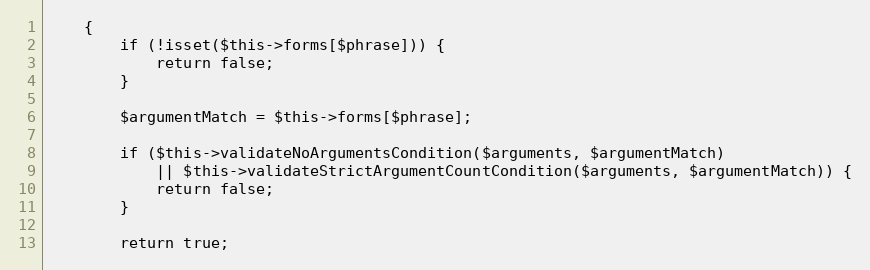
Language: PHP
    {
        if (!isset($this->forms[$phrase])) {
            return false;
        }

        $argumentMatch = $this->forms[$phrase];

        if ($this->validateNoArgumentsCondition($arguments, $argumentMatch)
            || $this->validateStrictArgumentCountCondition($arguments, $argumentMatch)) {
            return false;
        }

        return true;